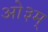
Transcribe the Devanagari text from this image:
आे३म्